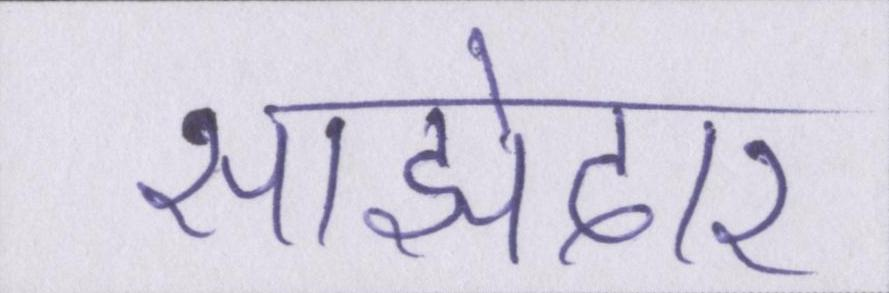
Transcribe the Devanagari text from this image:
साझेदार